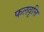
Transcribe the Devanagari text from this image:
फलवृत्ति